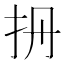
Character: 𢪡